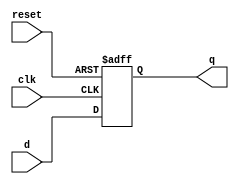
module flip_flop (
    input wire clk,
    input wire reset,
    input wire d,
    output reg q
);

// Flip-flop logic
always @(posedge clk or posedge reset) begin
    if (reset) begin
        q <= 1'b0;
    end else begin
        q <= d;
    end
end

endmodule